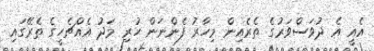
އެއީ އެ ދުވަސްވަރުގެ ތެރެއިން މިހާރު ފެންނަން ހުރި މަދު އެއްޗެހީގެ ތެރޭގައި